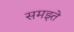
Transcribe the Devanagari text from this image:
समझ्ते